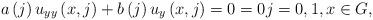
LaTeX: \begin{align*}a\left( j\right) u_{yy}\left( x,j\right) +b\left( j\right)u_{y}\left( x,j\right) =0=0j=0,1,x\in G, \end{align*}